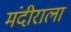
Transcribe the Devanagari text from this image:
मंदीराला